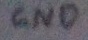
Text: GND